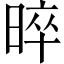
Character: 晬